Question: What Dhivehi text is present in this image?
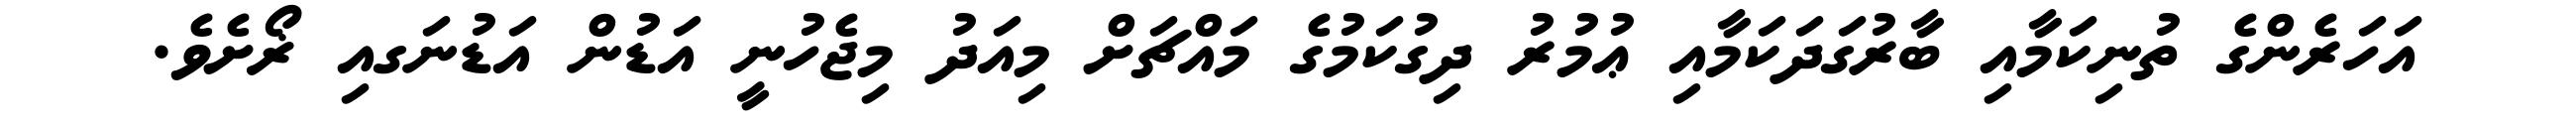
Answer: އަހަރެންގެ ތުނިކަމާއި ބާރުގަދަކަމާއި ޢުމުރު ދިގުކަމުގެ މައްޗަށް މިއަދު މިޖެހުނީ އަޑުން އަޑުނަގއި ޜޯށެވެ.